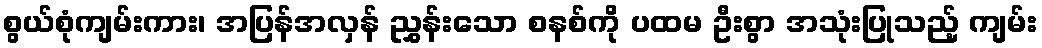
စွယ်စုံကျမ်းကား၊ အပြန်အလှန် ညွှန်းသော စနစ်ကို ပထမ ဦးစွာ အသုံးပြုသည့် ကျမ်း